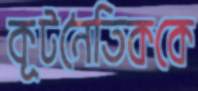
কূটনৈতিককে